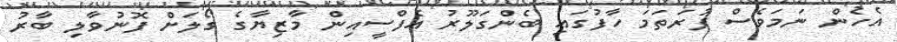
އެހެން ނަމަވެސް ފުރަތަމަ ހާފުގައި ބެންގަލޫރު އެފްސީއިން މާޒިޔާގެ ގޯލަށް ފޮނުވާލި ބާރު